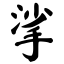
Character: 挲